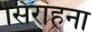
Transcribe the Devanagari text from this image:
सिराहना